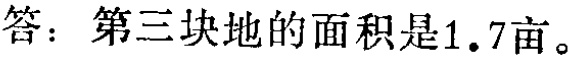
答：第三块地的面积是1.7亩。